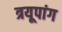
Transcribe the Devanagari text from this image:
त्रयूपांग